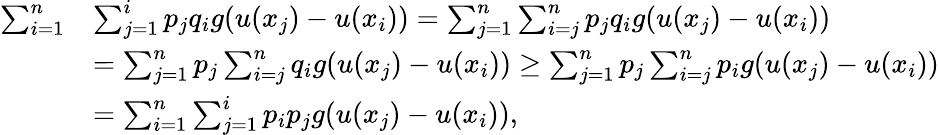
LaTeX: \begin{array}{rl}{\sum_{i=1}^{n}}&{\sum_{j=1}^{i}p_{j}q_{i}g(u(x_{j})-u(x_{i}))=\sum_{j=1}^{n}\sum_{i=j}^{n}p_{j}q_{i}g(u(x_{j})-u(x_{i}))}\\ &{=\sum_{j=1}^{n}p_{j}\sum_{i=j}^{n}q_{i}g(u(x_{j})-u(x_{i}))\geq\sum_{j=1}^{n}p_{j}\sum_{i=j}^{n}p_{i}g(u(x_{j})-u(x_{i}))}\\ &{=\sum_{i=1}^{n}\sum_{j=1}^{i}p_{i}p_{j}g(u(x_{j})-u(x_{i})),}\end{array}